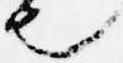
也